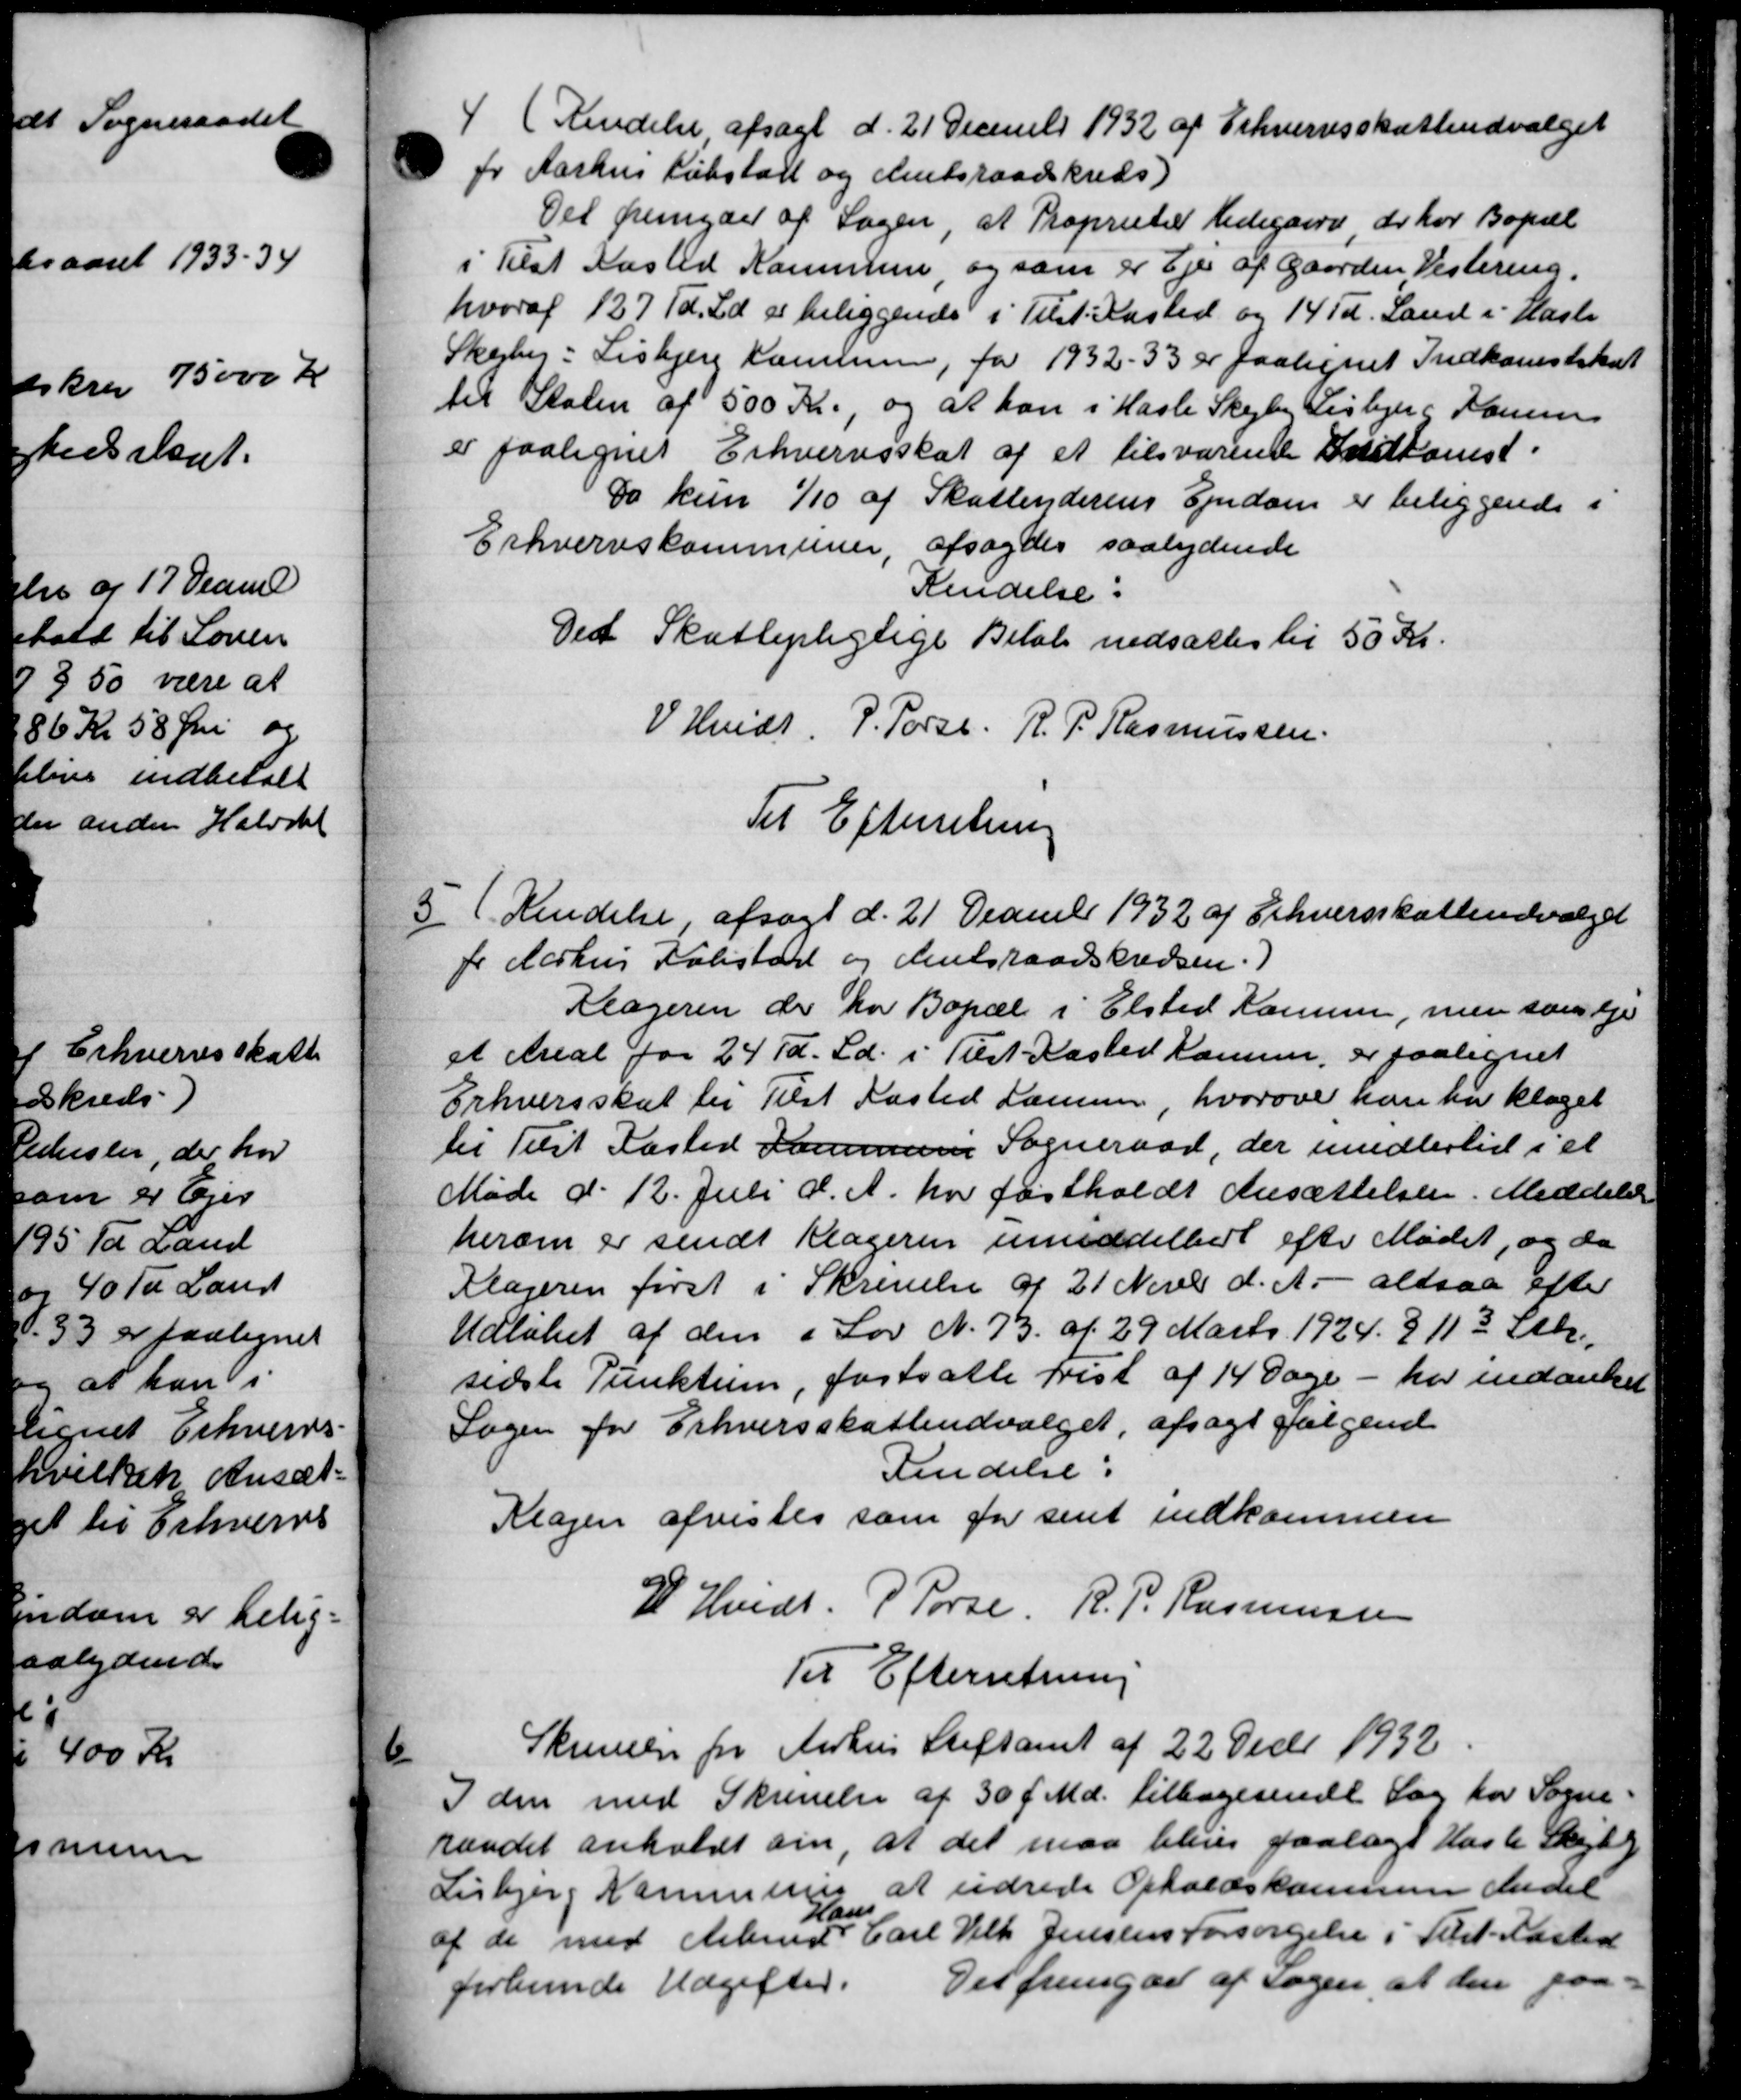
Transskription:
4
(Kendelse afsagt d. 21 December 1932 af Erhvervsskatteudvalget
pr Aarhus Købstalt og Amtsraadskreds)
Det penyder af Sagen, at Proprietær Hedegaard der har Bopæl
i Tilst Kasted Kommune, og som er Ejer af Gaarden Vestering.
hvoraf 127 Td. Ld. er beliggende i Tilst. Kasted og 14 Td. Land i Hasle
Skarber: Lisbjerg Kommune, for 1932 - 33 er paalignet Indkomstskat
til Staten af 500 Kr., og at han i Hasle Skejby Lisbjerg Hansen
er paalignet Erhvervsskat af et tilsvarende Indkomst.
Do kun 1/10 af Skatteyderens Ejendom er beliggende i
Erhvervskommuner, afsagdes saalydende
Kendelse:
Det Skattepligtige Beløb nedsættes til 50 Kr.
V. Hvidt. P. Porse. R. P. Rasmussen.
Til Efterretning
5
(Kendelse, afsagt d. 21 Decemb 1932 af Erhvervsskatteudvalget
for Aarhus Polistall og Amtsraadskredsen.)
Klageren der har Bopæl i Elsted Komune, men svalge
at Areal for 24 Td. Ld. i Tilst Kasted Kamme, er paalignet
Erhvervsskat til Tilst Kasted Laursen, hvorover han en klaget
til Tilst Fasted Kommune Sogneraad, der imidlertid i et
Møde d. 12. Juli d. A. har fastholdt Ansættelsen. Meddelelse
herom er sendt Klageren middelbert efter Mødet, og da
Klageren først i Skrivelse af 21 Novbr d. A. altsaa efter
Udløbet af den i Lov N. 73. af 29 Marts 1924 § 113 Stk.
sidste Punktum, fastsatte frist af 14 Dage - har indanket
Sagen for Erhvervsskatteudvalget, afsagt følgende
Kendelse:
Klagen afvistes som for sent indkommen
L Hvidt. P. Porse. R. P. Rasmussen
Til Efterretning

Skrivelse fra Aarhus Stiftamt af 22 Decbr 1932
I den med Skrivelse af 30 f. Md. tilbagesende Sag for Sogne-
raadet anholdt om, at det maa bliver paalagt Hasle Skejby
Lisbjerg Kommunen at udrede Opholdskommune andel
af de med Arbmd.
Hans
Carl Vilh Jensens Forsørgelse i Tilst-Kasted
erkunde Udgifter.
Det fremgade af Sagen, at den paa-